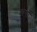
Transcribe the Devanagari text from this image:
व्‍यर्थी